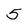
Character: 5